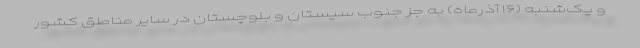
و یک‌شنبه (۱۶ آذرماه) به جز جنوب سیستان و بلوچستان در سایر مناطق کشور